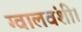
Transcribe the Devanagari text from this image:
ग्वालवंशी।